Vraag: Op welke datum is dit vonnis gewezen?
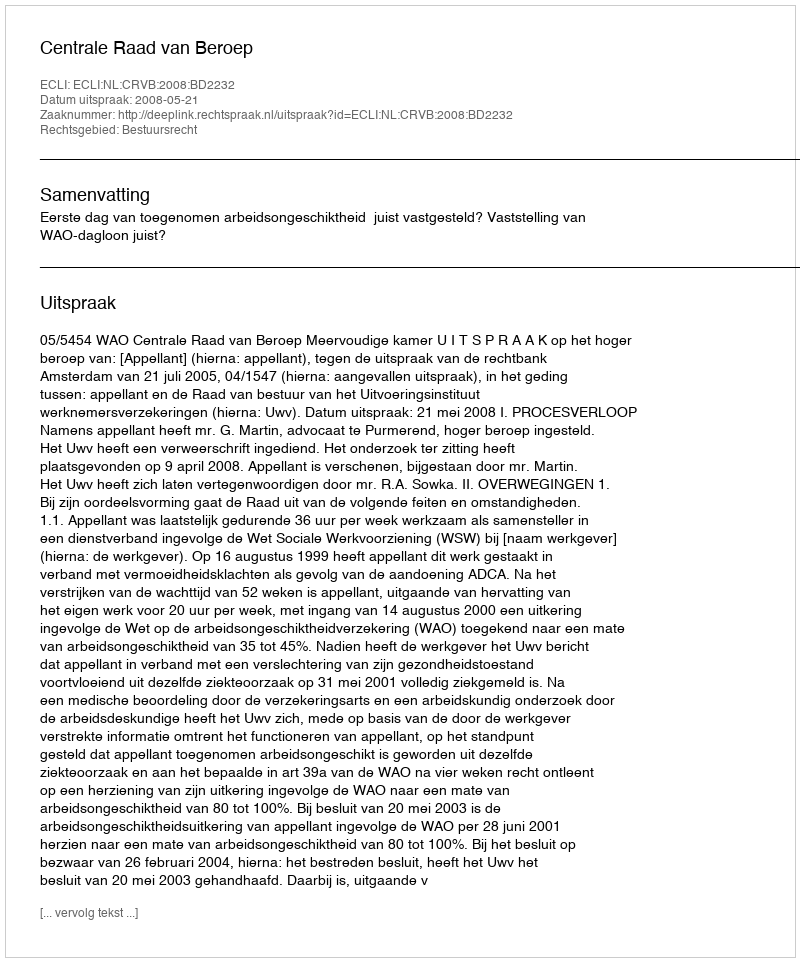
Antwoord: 2008-05-21